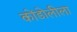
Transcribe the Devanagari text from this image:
कोंडोलीला